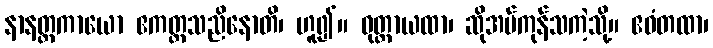
နာနတ္တကာယော ဧကတ္တသညိနောတိ၊ ဟူ၍။ ဝုတ္တာယထာ၊ ဆိုအပ်ကုန်သကဲ့သို့။ ဧဝံတထာ၊